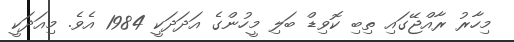
މިހާރު ރާއްޖޭގައި ތިބި ކޮވިޑް ބަލި މީހުންގެ އަދަދަކީ 1984 އެވެ. މިއަދަކީ